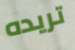
تريده